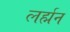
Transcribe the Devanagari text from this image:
लर्ह्मन